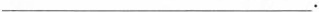
___.